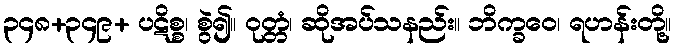
၃၄၈+၃၄၉+ ပဋိစ္စ၊ စွဲ၍။ ဝုတ္တံ၊ ဆိုအပ်သနည်း။ ဘိက္ခဝေ၊ ရဟန်းတို့။